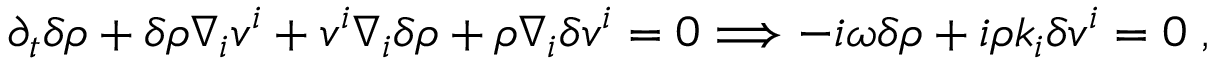
\partial _ { t } \delta \rho + \delta \rho \nabla _ { i } v ^ { i } + v ^ { i } \nabla _ { i } \delta \rho + \rho \nabla _ { i } \delta v ^ { i } = 0 \Longrightarrow - i \omega \delta \rho + i \rho k _ { i } \delta v ^ { i } = 0 \; ,